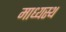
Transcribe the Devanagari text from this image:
माध्यस्थ